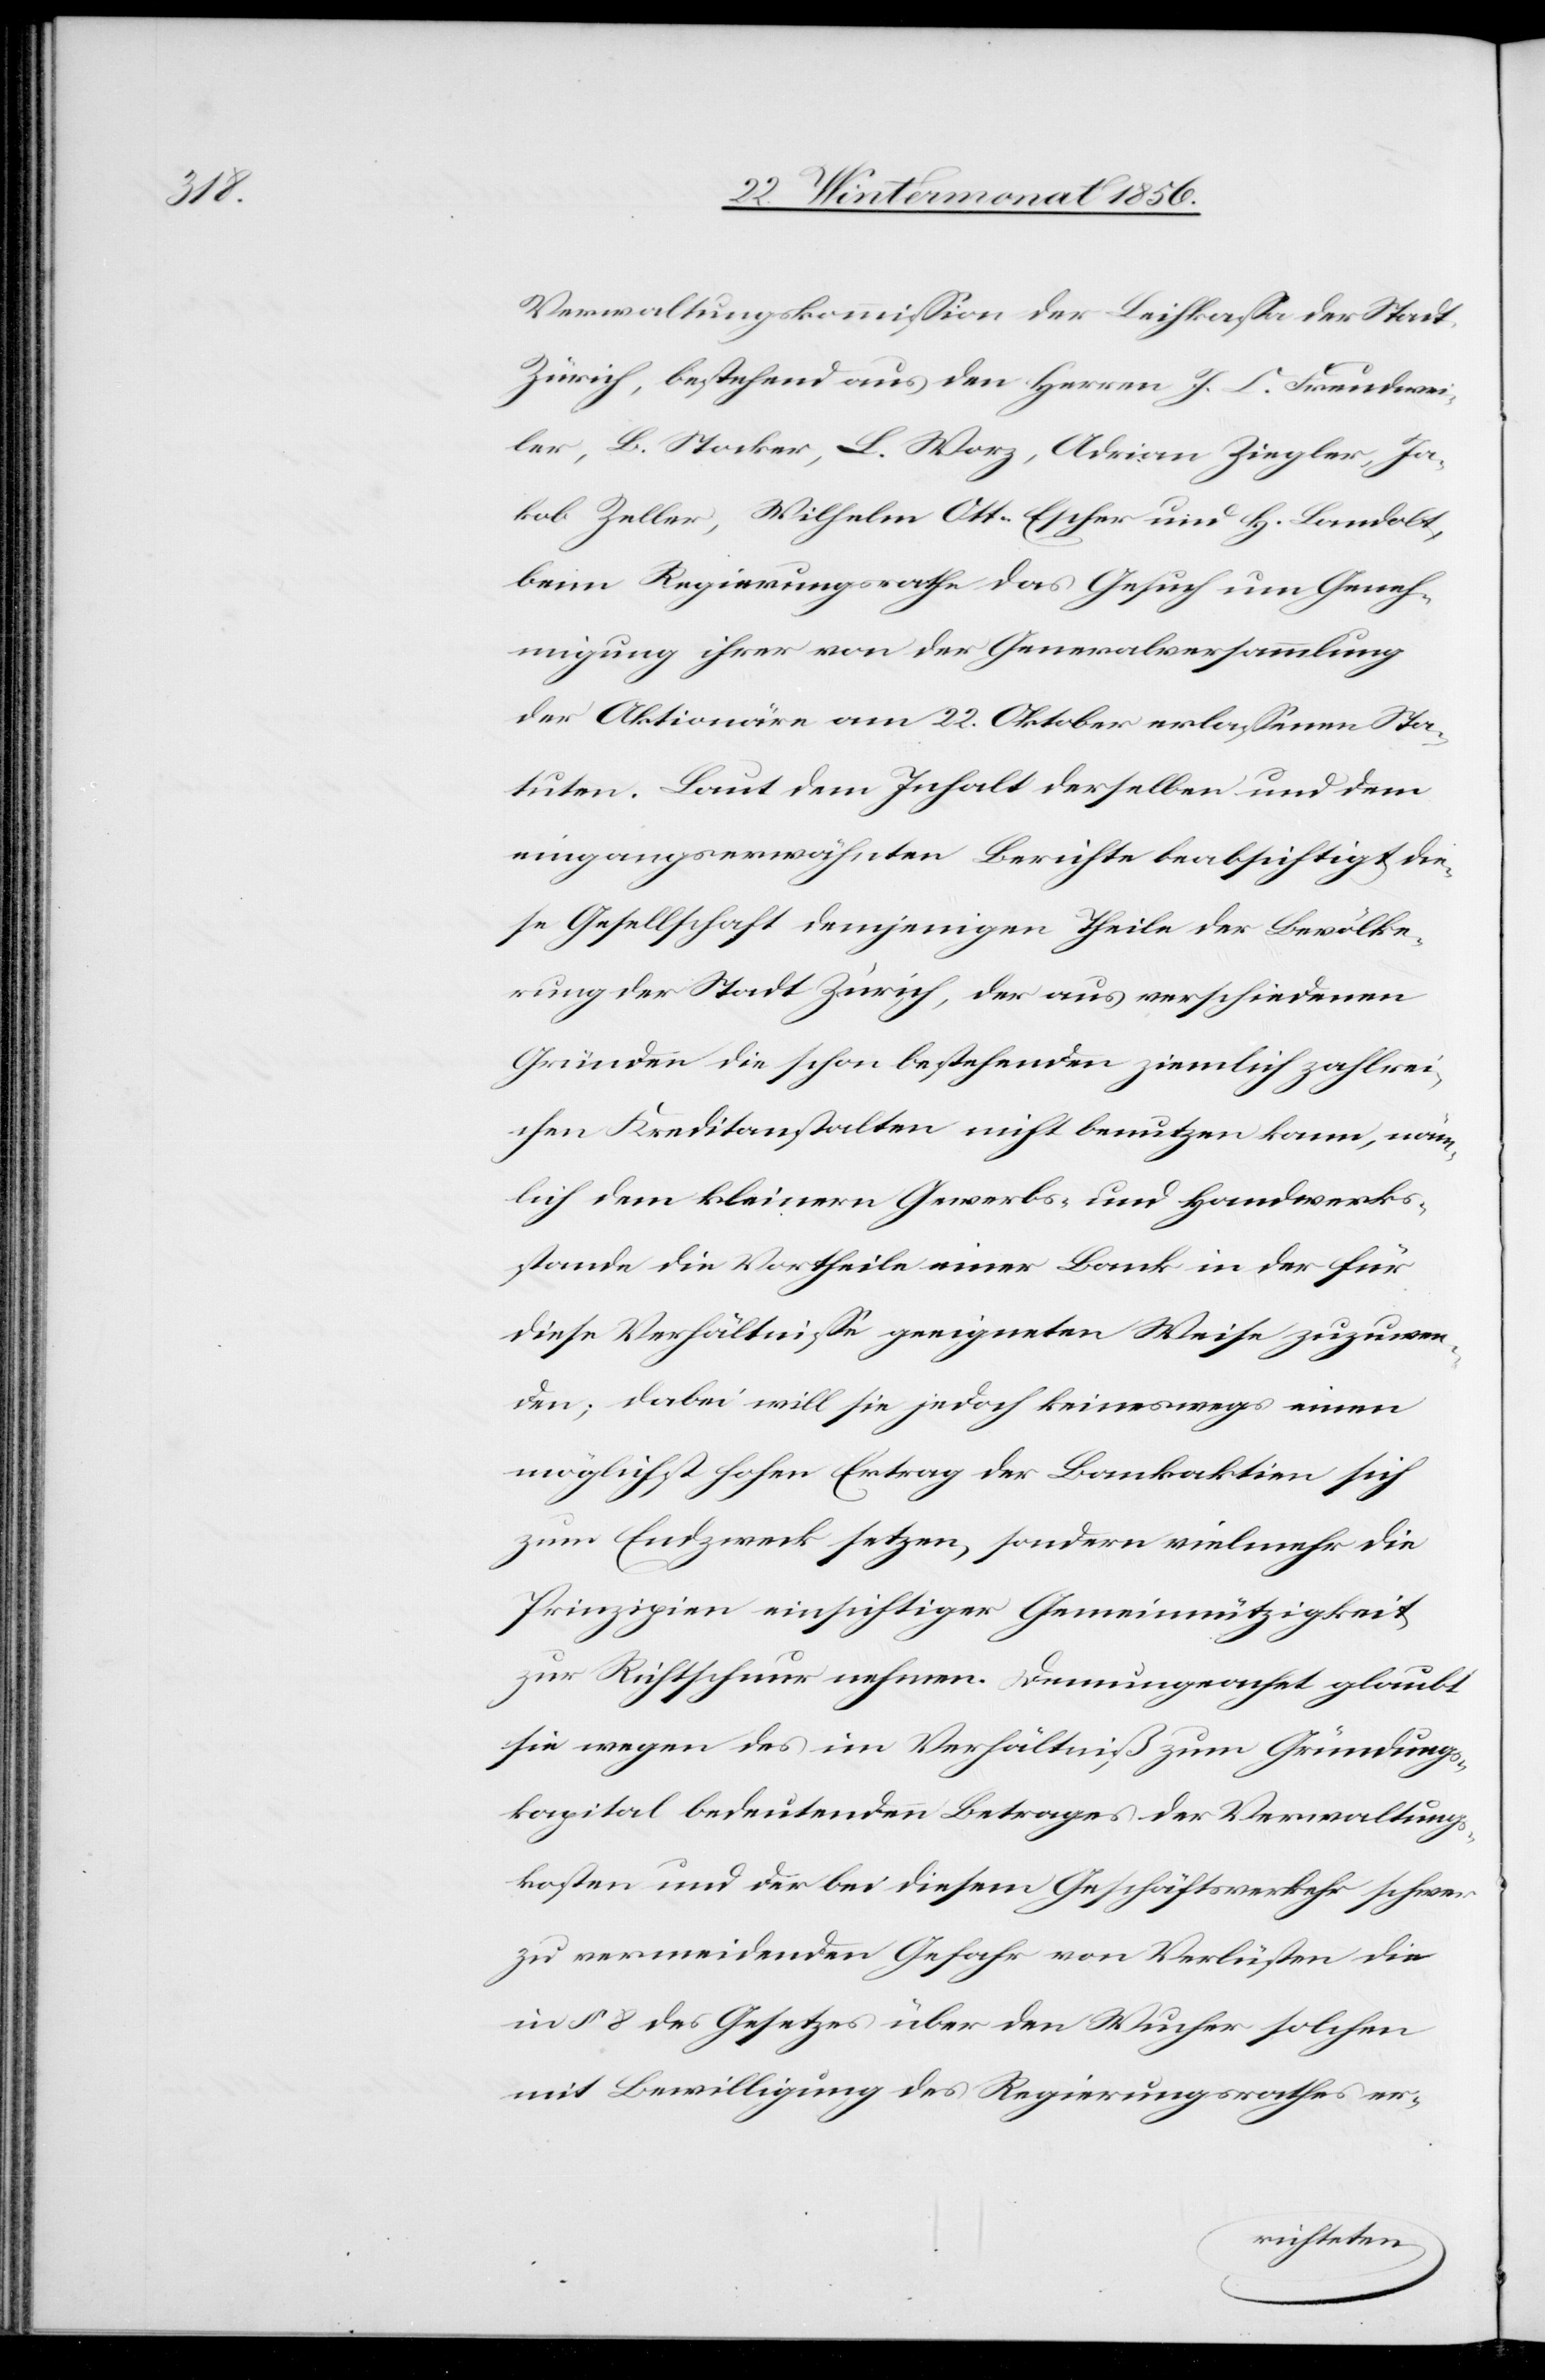
Verwaltungskommission der Leihkassa der Stadt
Zürich, bestehend aus den Herren J. C. Freudwei¬
ler, B. Stocker, L. Worz, Adrian Ziegler, Ja¬
kob Zeller, Wilhelm Ott-Escher und H. Landolt,
beim Regierungsrathe das Gesuch um Geneh¬
migung ihrer von der Generalversammlung
der Aktionäre am 22. Oktober erlassenen Sta¬
tuten. Laut dem Inhalt derselben und dem
eingangserwähnten Berichte beabsichtigt die¬
se Gesellschaft demjenigen Theile der Bevölke¬
rung der Stadt Zürich, der aus verschiedenen
Gründen die schon bestehenden ziemlich zahlrei¬
chen Kreditanstalten nicht benutzen kann, näm¬
lich dem kleinern Gewerbs- und Handwerks¬
stande die Vortheile einer Bank in der für
diese Verhältnisse geeigneten Weise zuzuwen¬
den; dabei will sie jedoch keineswegs einen
möglichst hohen Ertrag der Bankaktien sich
zum Endzweck setzen, sondern vielmehr die
Prinzipien einsichtiger Gemeinnützigkeit
zur Richtschnur nehmen. Demungeach[t]et glaubt
sie wegen des im Verhältniß zum Gründungs¬
kapital bedeutenden Betrages der Verwaltungs¬
kosten und der bei diesem Geschäftsverkehr schwer
zu vermeidenden Gefahr von Verlüsten die
in § 8 des Gesetzes über den Wucher solchen
mit Bewilligung des Regierungsrathes er-